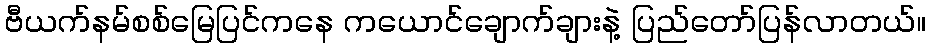
ဗီယက်နမ်စစ်မြေပြင်ကနေ ကယောင်ချောက်ချားနဲ့ ပြည်တော်ပြန်လာတယ်။